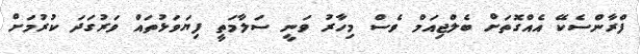
ފްރާންސެކޭ އެއްގޮތަށް ބެލްޖިއަމް ވެސް މިހާރު ވަނީ ސަލާމަތީ ފިޔަވަޅުތައް ވަރުގަދަ ކުރުމަށް